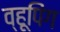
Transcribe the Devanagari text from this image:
व्हूपिंग